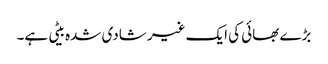
بڑے بھائی کی ایک غیر شادی شدہ بیٹی ہے۔